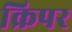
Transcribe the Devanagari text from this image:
क्रिपर